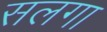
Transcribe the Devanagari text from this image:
सलगा